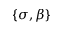
\{ \sigma , \beta \}